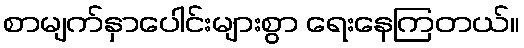
စာမျက်နှာပေါင်းများစွာ ရေးနေကြတယ်။